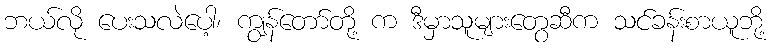
ဘယ်လို ပေးသလဲပေါ့၊ ကျွန်တော်တို့ က ဒီမှာသူများတွေဆီက သင်ခန်းစာယူဘို့